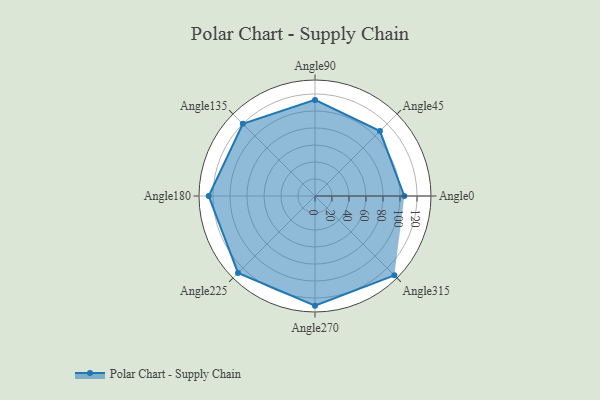
{"axis": {"x": "Angle", "y": "Radius"}, "legend": [""], "data": [{"x": "Angle0", "y": 105.0, "type": ""}, {"x": "Angle45", "y": 108.0, "type": ""}, {"x": "Angle90", "y": 113.0, "type": ""}, {"x": "Angle135", "y": 120.0, "type": ""}, {"x": "Angle180", "y": 125.0, "type": ""}, {"x": "Angle225", "y": 128.0, "type": ""}, {"x": "Angle270", "y": 129.0, "type": ""}, {"x": "Angle315", "y": 132.0, "type": ""}]}